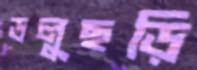
ডলুছড়ি